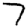
Digit: 7